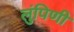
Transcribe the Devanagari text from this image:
लुंपिणी